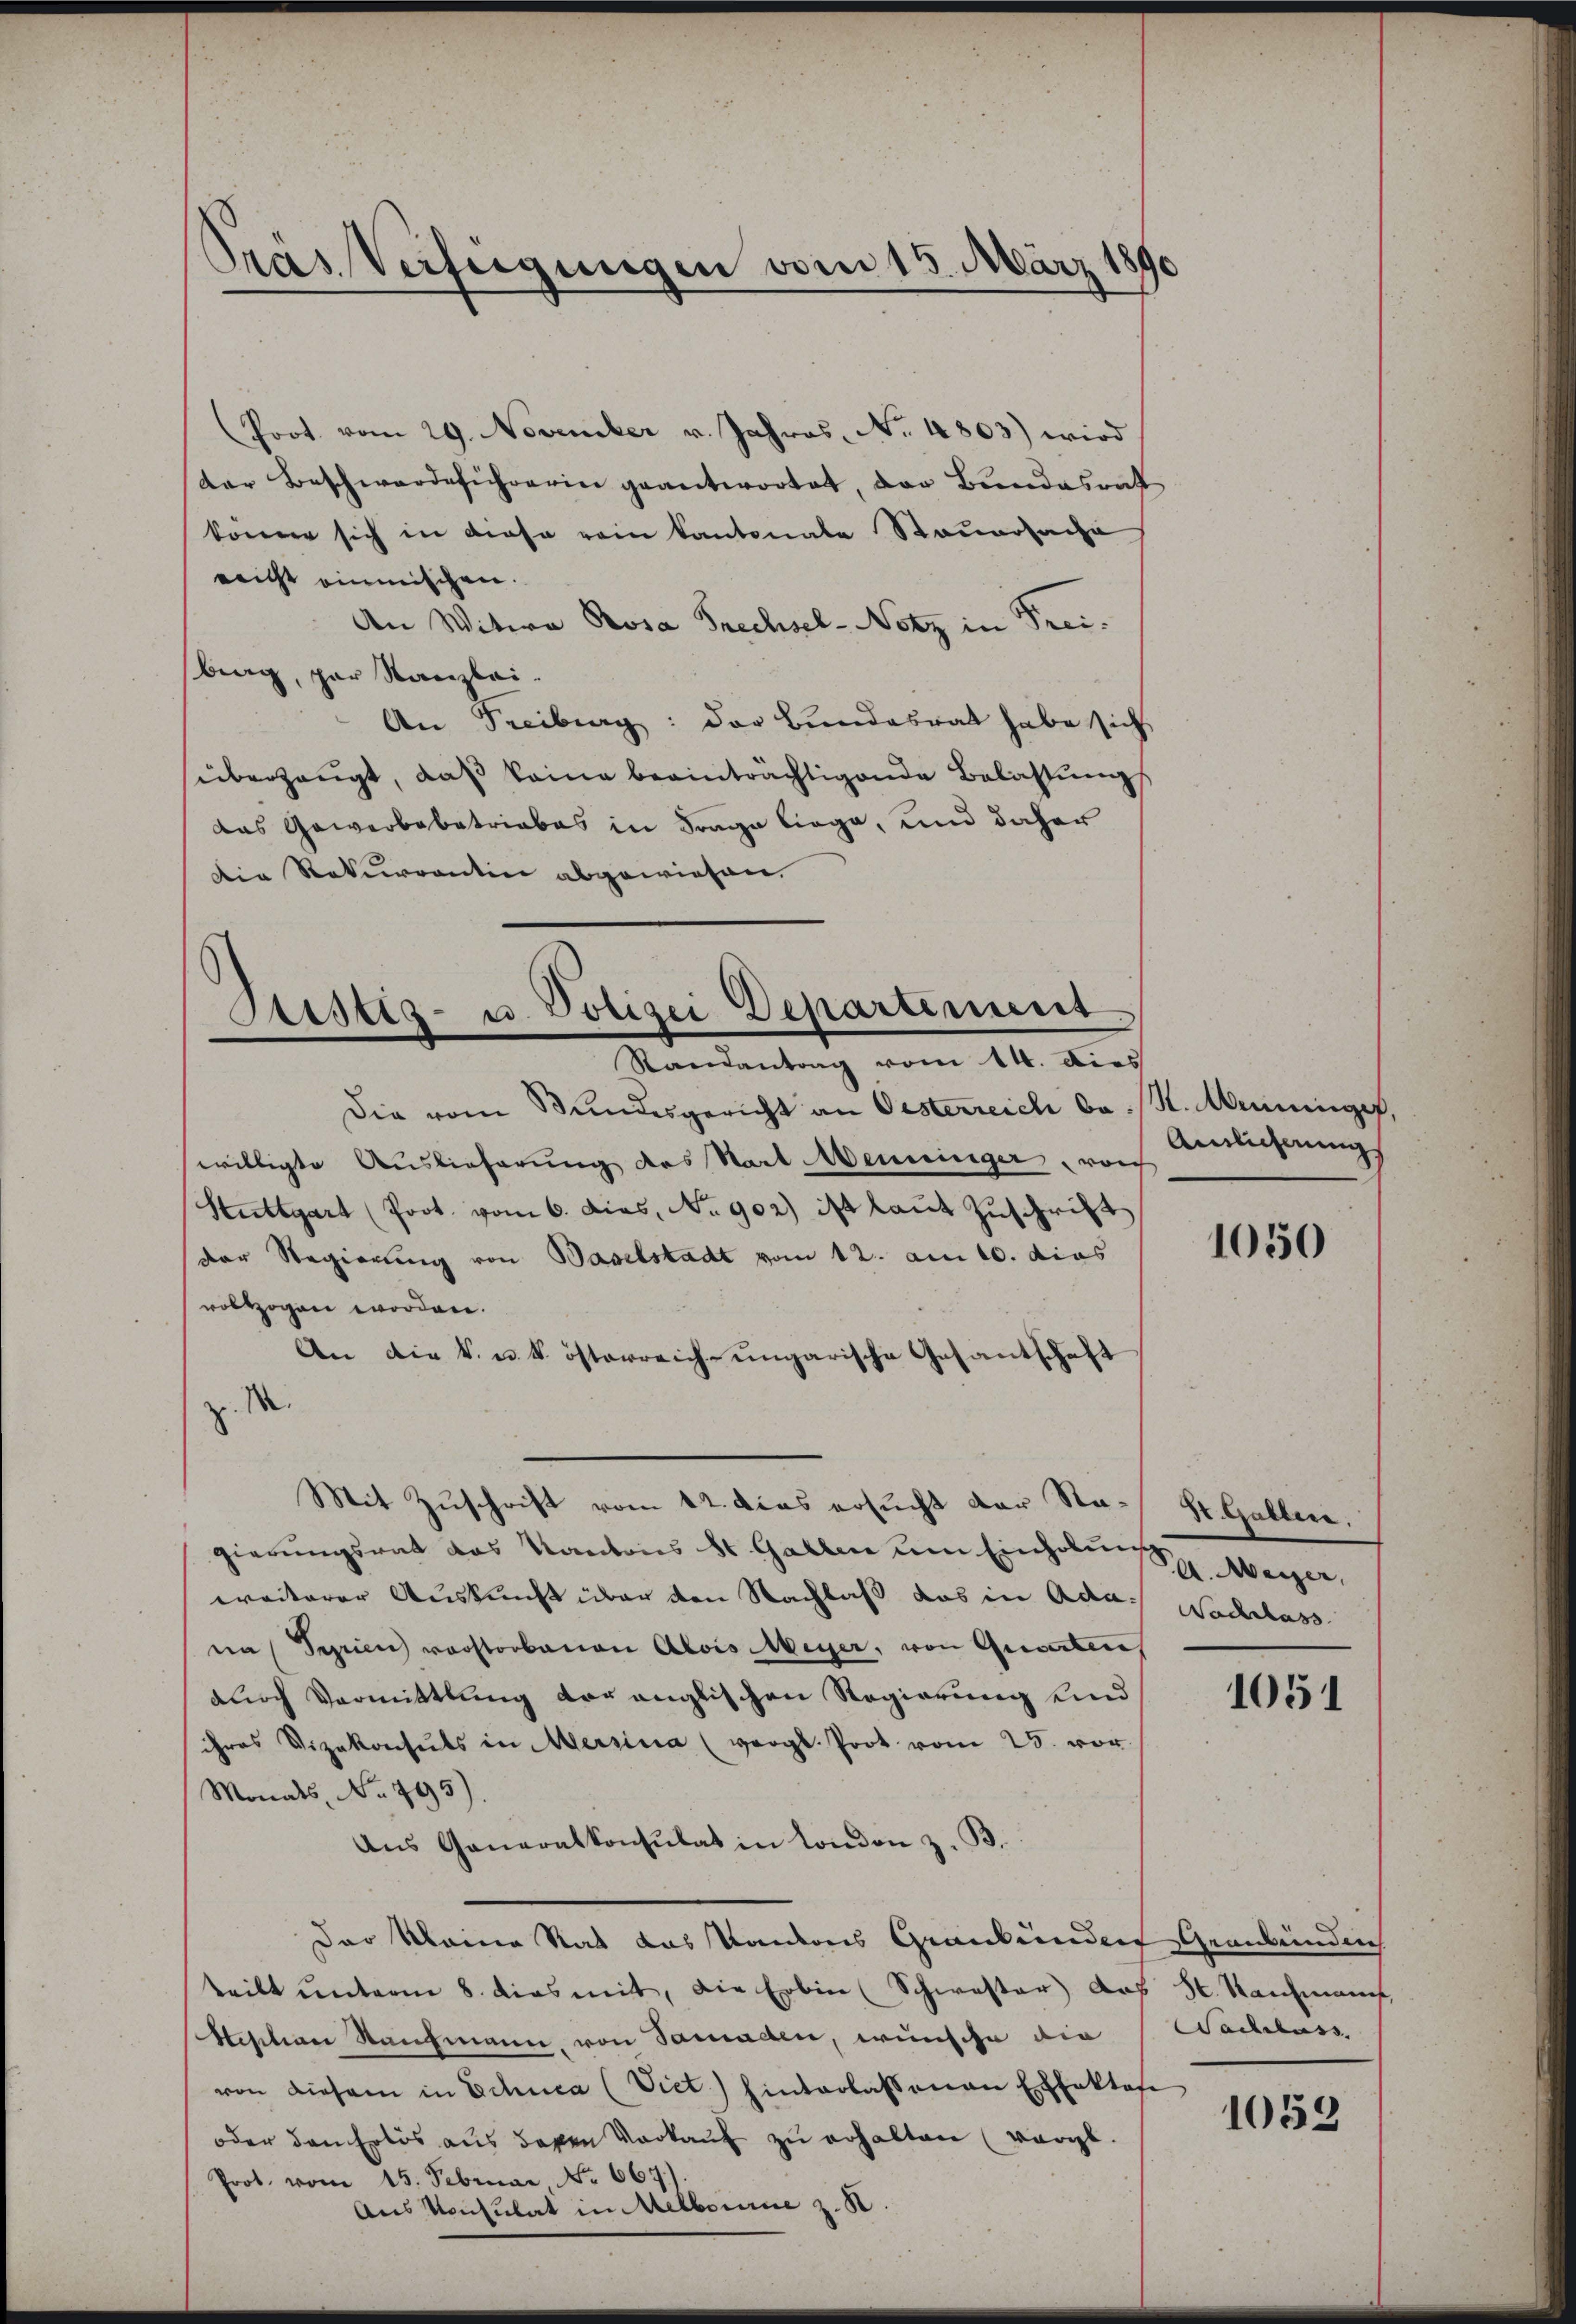
Pras Verfeigungen vom 15. März 1890

Prot. vom 29. November v. Jahres, No. 4803) wird
der Beschwerde sicherin geantwortet, der Bundesrat
könne sich in diese rein Kantonale Steuersache
neicht einmischen.
An Witwe Rosa Prechsel-Notz in Freiberg, par Stanzlei.
An Freiburg: der Bundesrat habe sich
überzeugt, daß keine beeinträchtigende Belastung
das Gewerbebetriebes in Frage liege, und daher
Die Rekurrentin abgewiesen.

Sistig- u. Polizei Departement
Randantrag vom 14. dies

Die vom Bundesgericht an Oesterreich bes. Anningef
willigte Auslieferung des Start Menninger, von
Stuttgart (Poot. vom 6. dies, No 902) ist laut Zuschrift
der Regierung von Baselstadt vom 12. am 10. dies
vollzogen worden.
An die k. u. k. österreich-ungarische Gesantschaft
z. M
Mit Zuschrift vom 12. das ersucht der Stagierungsrat das Kantons St. Gallen um Einholen Meyer,
weiterer Auskunft über den Nachlaß das in Ada. Nachlass
na Serien vorstorbenen Alois Meyer, von Quoten
durch Vormittlung vor englischen Regierung und
ihres Vizekonsuls in Mersina (vergl. Prot vom 25. vor
Monats, No. 795)
Aus Ganaralkonsulat in London z. B.
Der Meine Rat das Kantons Graubünden Graubünden
teilt ŭnterm 8. dies mit, die Erben (Schwester das St. Kaufmann,
Sistian Rahmann, von Samallen, wünsche die Nachlass
von diesem in Schuca (Viet) hinterlassenen Effektes
oder den Erlös aus deren Vorkauf zu erhalten (vorge.
Prot. vom 15. Februar No. 667).
Aus Konsulat in Melbourne z. B.

Ainlicherung

1050

St. Gallen.

1051

1053